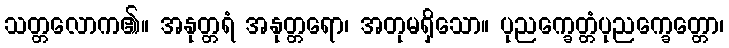
သတ္တလောက၏။ အနုတ္တရံ အနုတ္တရော၊ အတုမရှိသော။ ပုညက္ခေတ္တံပုညက္ခေတ္တော၊